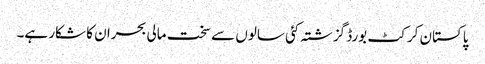
پاکستان کرکٹ بورڈ گزشتہ کئی سالوں سے سخت مالی بحران کا شکار ہے۔